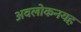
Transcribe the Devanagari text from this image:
अवलोकनयह